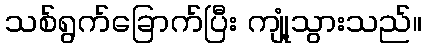
သစ်ရွက်ခြောက်ပြီး ကျုံ့သွားသည်။